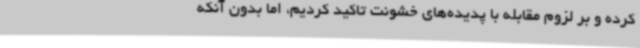
کرده و بر لزوم مقابله با پدیده‌های خشونت تاکید کردیم، اما بدون آنکه